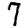
Digit: 7